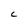
Character: c